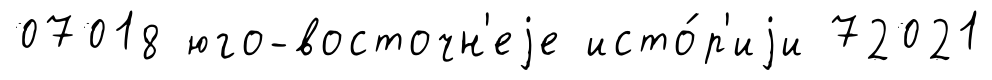
07018 юго-восточн'еjе исто́р'иjи 72021